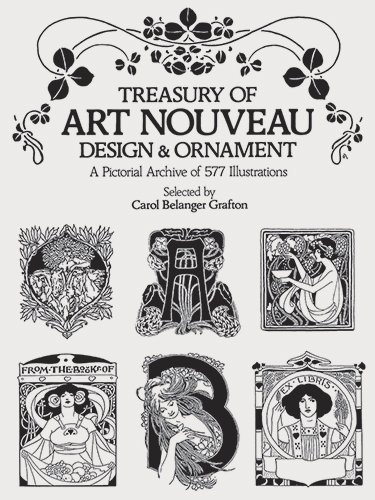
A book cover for Treasury of Art Nouveau Design & Ornament (Dover Pictorial Archive); Arts & Photography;